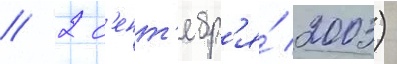
// 2 с'ент'ябр'я́ 2003)